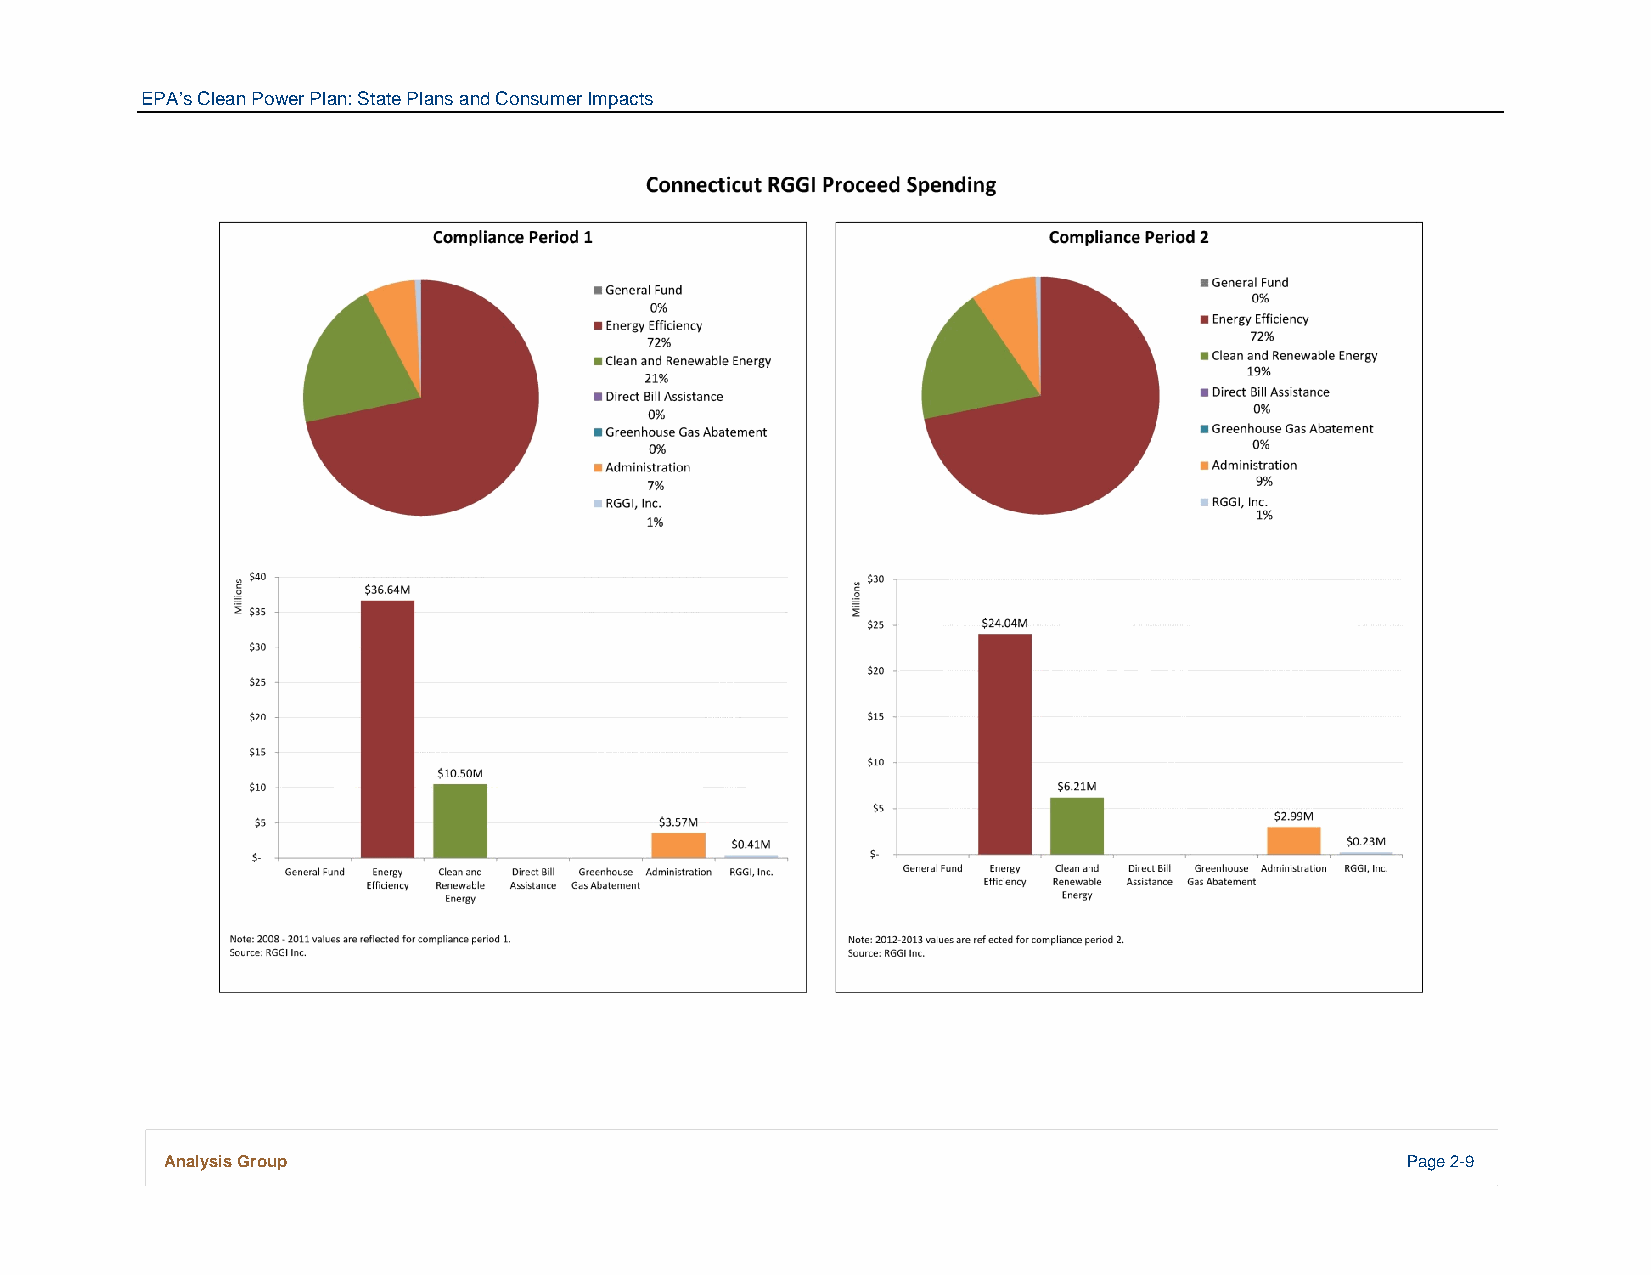
EPA’s Clean Power Plan: State Plans and Consumer Impacts
 Analysis Group                                                                    Page 2-9